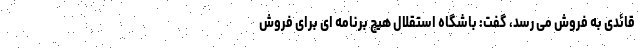
قائدی به فروش می رسد، گفت: باشگاه استقلال هیچ برنامه ای برای فروش